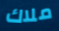
ملاك